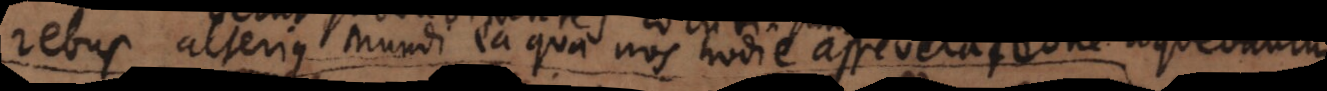
rebus alterius mundi ea quae nos hodie asseveratione loquebantur.